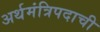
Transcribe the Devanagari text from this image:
अर्थमंत्रिपदाची